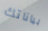
بياناتك